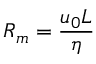
R _ { m } = \frac { u _ { 0 } L } { \eta }